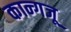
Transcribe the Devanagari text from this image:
कान्गजू